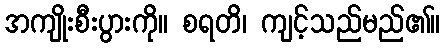
အကျိုးစီးပွားကို။ စရတိ၊ ကျင့်သည်မည်၏။